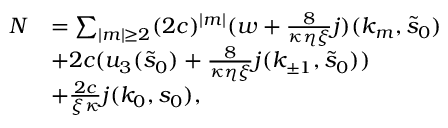
\begin{array} { r l } { N } & { = \sum _ { \vert m \vert \ge 2 } ( 2 c ) ^ { \vert m \vert } ( w + \frac 8 { \kappa \eta \xi } j ) ( k _ { m } , \tilde { s } _ { 0 } ) } \\ & { + 2 c ( u _ { 3 } ( \tilde { s } _ { 0 } ) + \frac 8 { \kappa \eta \xi } j ( k _ { \pm 1 } , \tilde { s } _ { 0 } ) ) } \\ & { + \frac { 2 c } { \xi \kappa } j ( k _ { 0 } , s _ { 0 } ) , } \end{array}